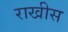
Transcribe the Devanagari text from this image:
राखीस